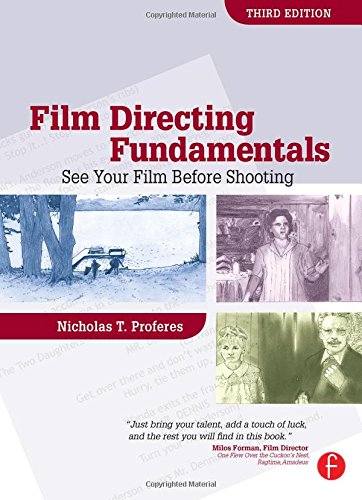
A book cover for Film Directing Fundamentals: See Your Film Before Shooting; Nicholas Proferes; Humor & Entertainment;